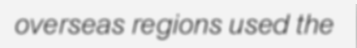
overseas regions used the